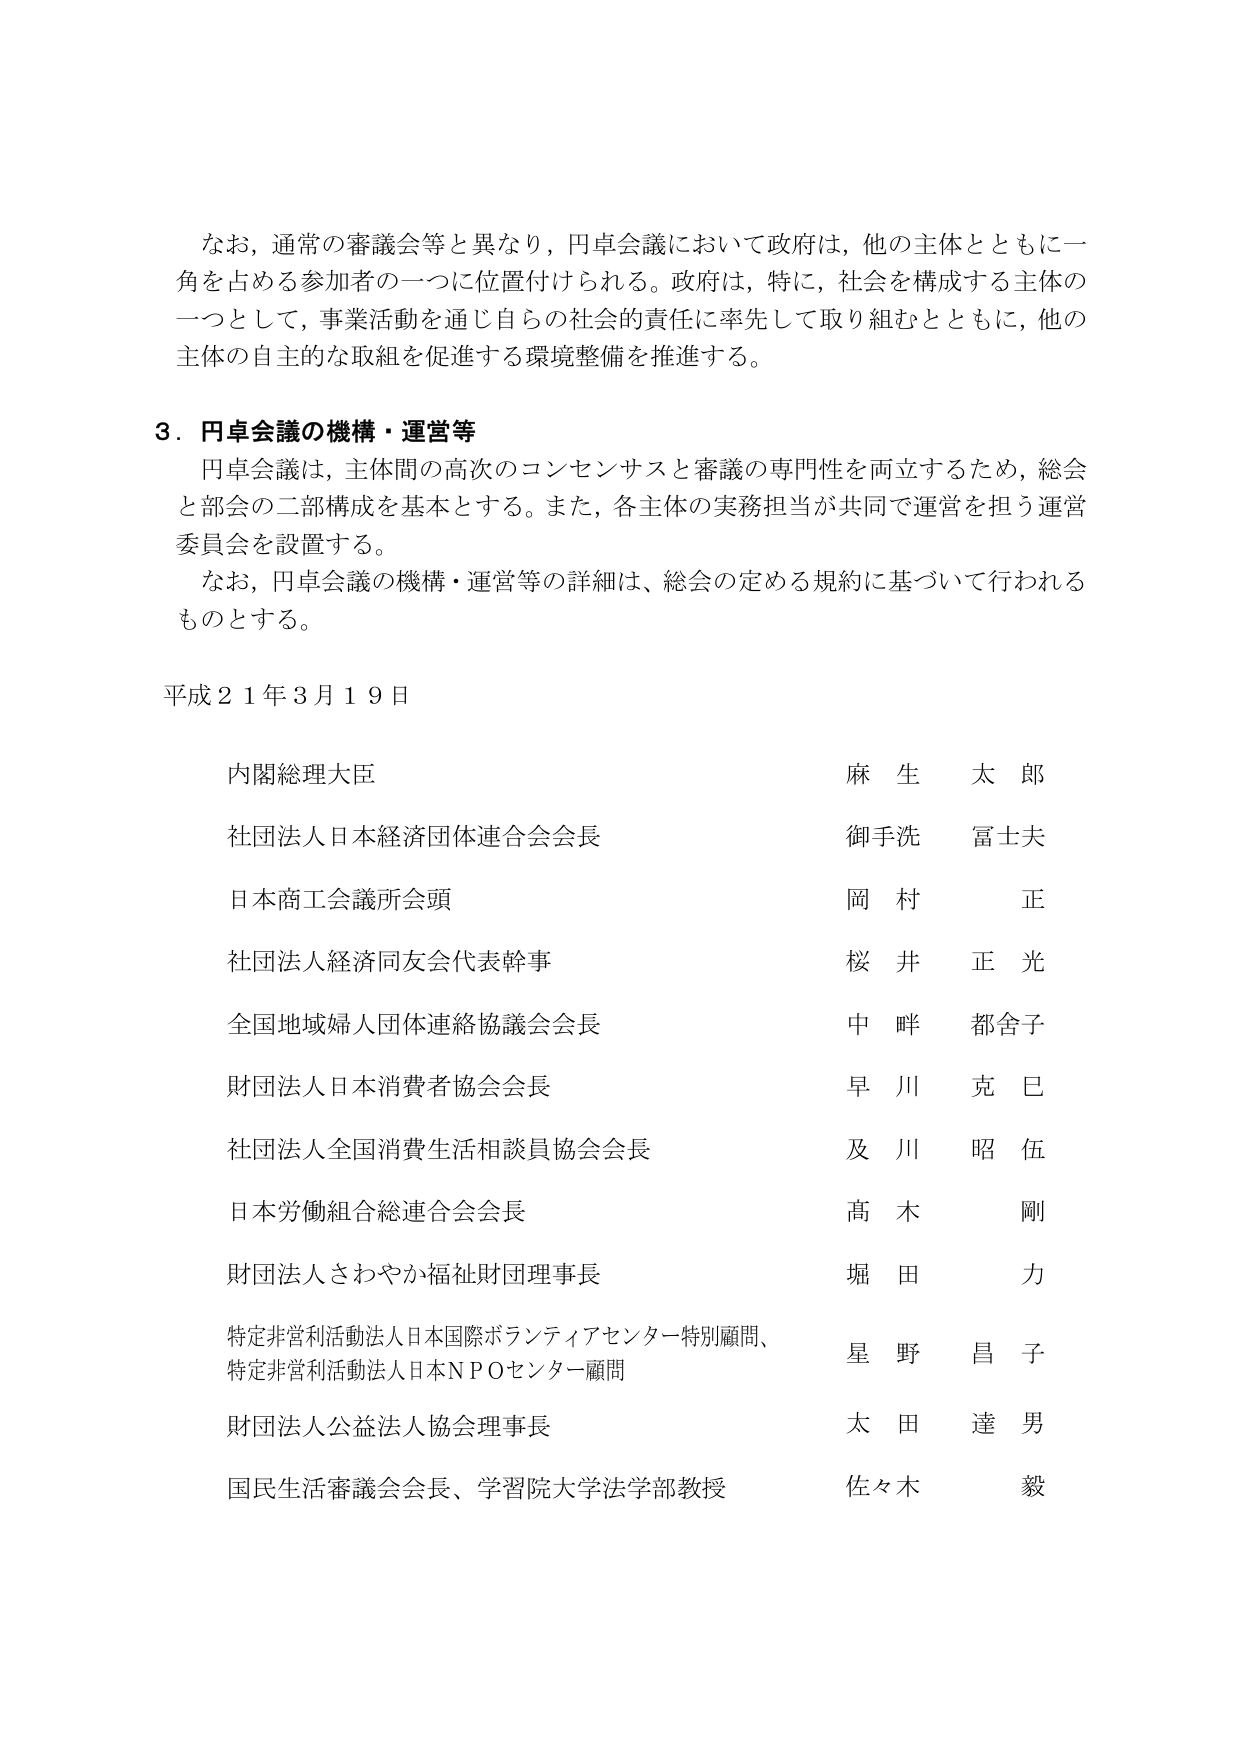
なお、通常の審議会等と異なり、円卓会議において政府は、他の主体とともに一角を占める参加者の一つに位置付けられる。政府は、特に、社会を構成する主体の一つとして、事業活動を通じ自らの社会的責任に率先して取り組むとともに、他の主体の自主的な取組を促進する環境整備を推進する。

３．円卓会議の機構・運営等
円卓会議は、主体間の高次のコンセンサスと審議の専門性を両立するため、総会と部会の二部構成を基本とする。また、各主体の実務担当が共同で運営を担う運営委員会を設置する。
なお、円卓会議の機構・運営等の詳細は、総会の定める規約に基づいて行われるものとする。

平成２１年３月１９日

内閣総理大臣　　　　　　　　　　　　　　　麻生　太郎
社団法人日本経済団体連合会会長　　　　　　御手洗　富士夫
日本商工会議所会頭　　　　　　　　　　　　岡村　　正
社団法人経済同友会代表幹事　　　　　　　　桜井　　正光
全国地域婦人団体連絡協議会会長　　　　　　中畔　　都舎子
財団法人日本消費者協会会長　　　　　　　　早川　　克巳
社団法人全国消費生活相談員協会会長　　　　及川　　昭伍
日本労働組合総連合会会長　　　　　　　　高木　　剛
財団法人さわやか福祉財団理事長　　　　　　堀田　　力
特定非営利活動法人日本国際ボランティアセンター特別顧問、
特定非営利活動法人日本ＮＰＯセンター顧問　　　星野　　昌子
財団法人公益法人協会理事長　　　　　　　　太田　　達男
国民生活審議会会長、学習院大学法学部教授　　佐々木　　毅